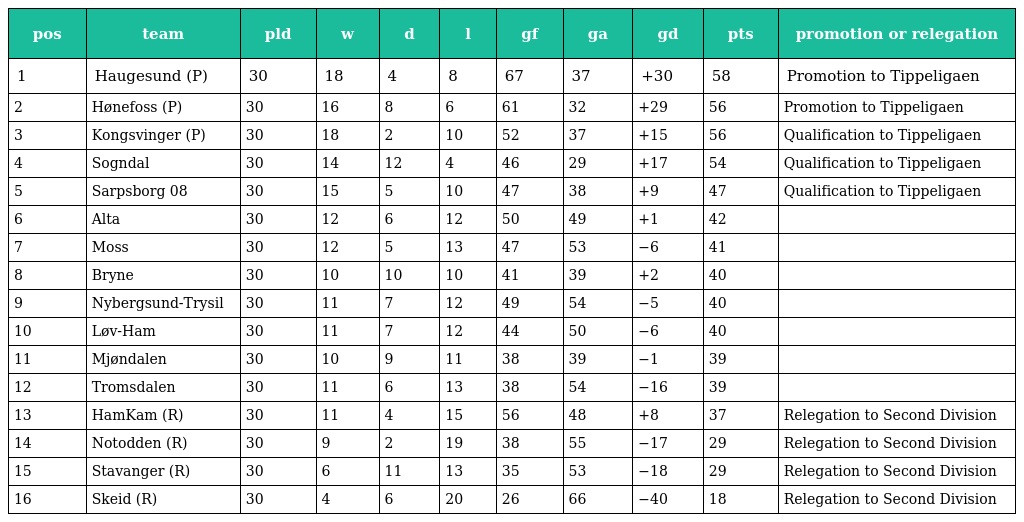
| pos | team | pld | w | d | l | gf | ga | gd | pts | promotion or relegation |
 | --- | --- | --- | --- | --- | --- | --- | --- | --- | --- | --- |
 | 1 | Haugesund (P) | 30 | 18 | 4 | 8 | 67 | 37 | +30 | 58 | Promotion to Tippeligaen |
 | 2 | Hønefoss (P) | 30 | 16 | 8 | 6 | 61 | 32 | +29 | 56 | Promotion to Tippeligaen |
 | 3 | Kongsvinger (P) | 30 | 18 | 2 | 10 | 52 | 37 | +15 | 56 | Qualification to Tippeligaen |
 | 4 | Sogndal | 30 | 14 | 12 | 4 | 46 | 29 | +17 | 54 | Qualification to Tippeligaen |
 | 5 | Sarpsborg 08 | 30 | 15 | 5 | 10 | 47 | 38 | +9 | 47 | Qualification to Tippeligaen |
 | 6 | Alta | 30 | 12 | 6 | 12 | 50 | 49 | +1 | 42 |  |
 | 7 | Moss | 30 | 12 | 5 | 13 | 47 | 53 | −6 | 41 |  |
 | 8 | Bryne | 30 | 10 | 10 | 10 | 41 | 39 | +2 | 40 |  |
 | 9 | Nybergsund-Trysil | 30 | 11 | 7 | 12 | 49 | 54 | −5 | 40 |  |
 | 10 | Løv-Ham | 30 | 11 | 7 | 12 | 44 | 50 | −6 | 40 |  |
 | 11 | Mjøndalen | 30 | 10 | 9 | 11 | 38 | 39 | −1 | 39 |  |
 | 12 | Tromsdalen | 30 | 11 | 6 | 13 | 38 | 54 | −16 | 39 |  |
 | 13 | HamKam (R) | 30 | 11 | 4 | 15 | 56 | 48 | +8 | 37 | Relegation to Second Division |
 | 14 | Notodden (R) | 30 | 9 | 2 | 19 | 38 | 55 | −17 | 29 | Relegation to Second Division |
 | 15 | Stavanger (R) | 30 | 6 | 11 | 13 | 35 | 53 | −18 | 29 | Relegation to Second Division |
 | 16 | Skeid (R) | 30 | 4 | 6 | 20 | 26 | 66 | −40 | 18 | Relegation to Second Division |